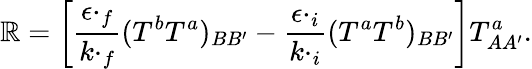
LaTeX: {\cal\mathbb{R}}=\left[\frac{{\epsilon\cdotp_{f}}}{{k\cdotp_{f}}}(T^{b}T^{a})_{BB^{\prime}}-\frac{{\epsilon\cdotp_{i}}}{{k\cdotp_{i}}}(T^{a}T^{b})_{BB^{\prime}}\right]T_{AA^{\prime}}^{a}.